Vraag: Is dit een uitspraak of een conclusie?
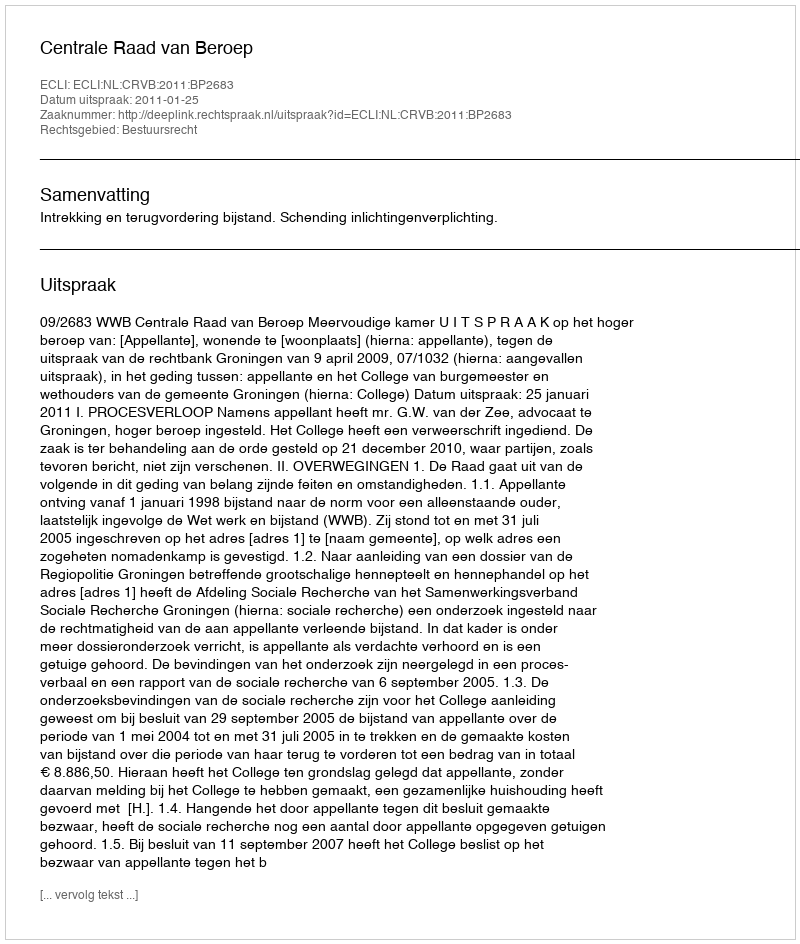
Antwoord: Uitspraak